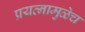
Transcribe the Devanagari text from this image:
प्रयत्नामुळेच